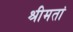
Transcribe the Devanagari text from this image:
श्रीमतां